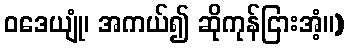
ဝဒေယျုံ၊ အကယ်၍ ဆိုကုန်ငြားအံ့။)